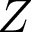
Z